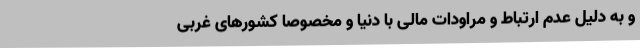
و به دلیل عدم ارتباط و مراودات مالی با دنیا و مخصوصا کشورهای غربی